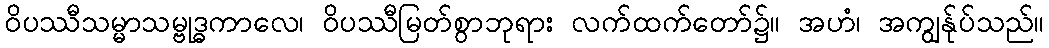
ဝိပဿီသမ္မာသမ္ဗုဒ္ဓကာလေ၊ ဝိပဿီမြတ်စွာဘုရား လက်ထက်တော်၌။ အဟံ၊ အကျွန်ုပ်သည်။